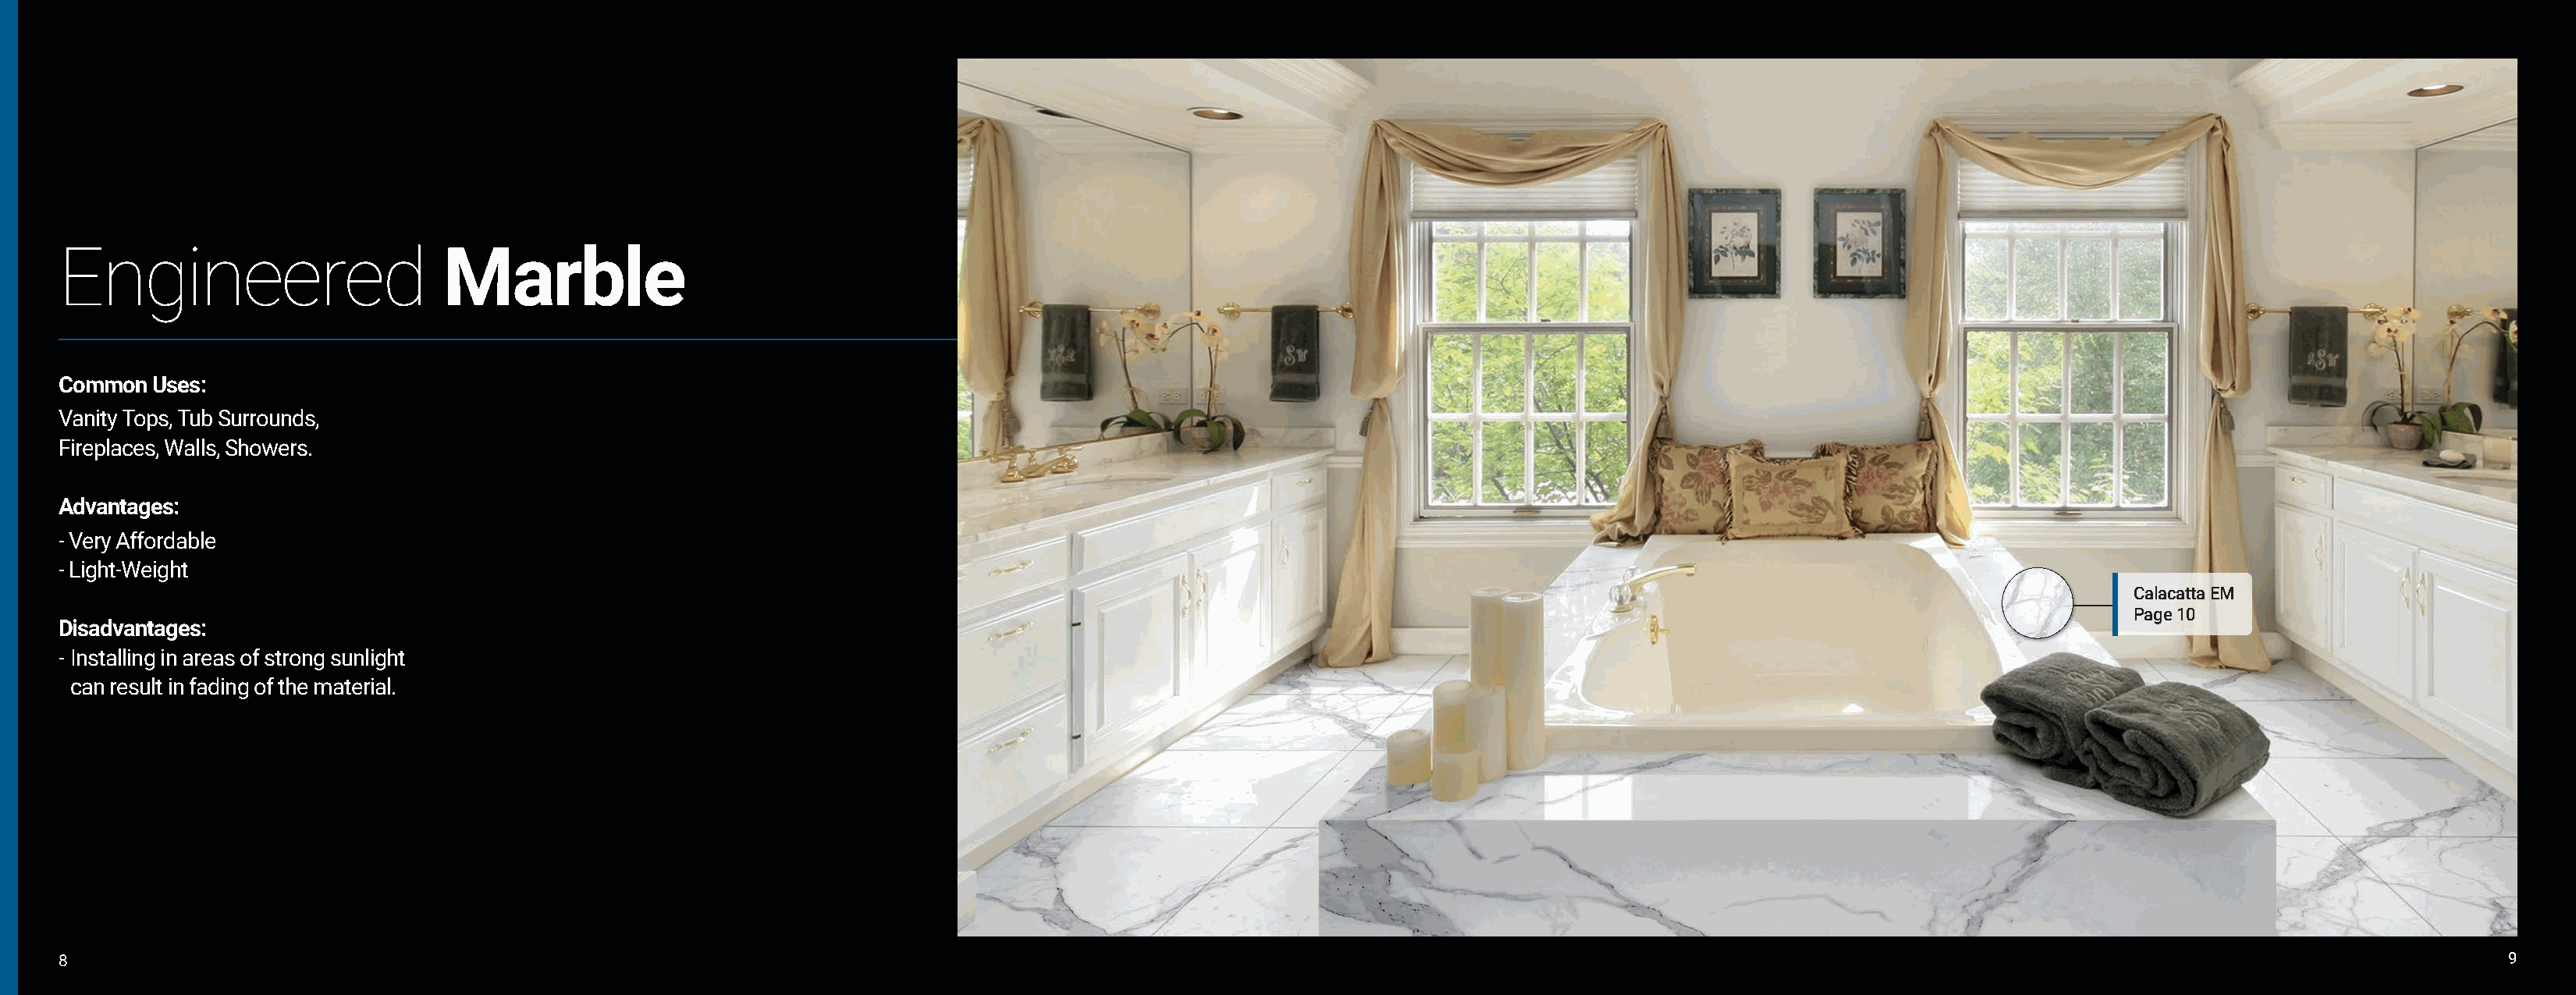
Engineered                       Marble
 Common  Uses:
 Vanity Tops, Tub Surrounds,
 Fireplaces, Walls, Showers.
 Advantages:
 - Very Affordable
 - Light-Weight
 Calacatta EM
 Page 10
 Disadvantages:
 - Installing in areas of strong sunlight
 can result in fading of the material.
 8                                                                                                                                                                                                               9